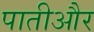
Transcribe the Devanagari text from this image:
पातीऔर